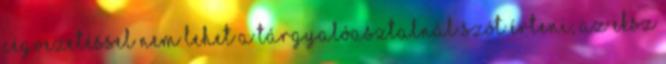
cégvezetéssel nem lehet a tárgyalóasztalnál szót érteni, az EKSZ